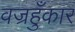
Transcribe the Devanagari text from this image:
वज्रहुँकार